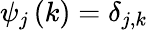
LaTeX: \psi_{j}\left(k\right)=\delta_{j,k}